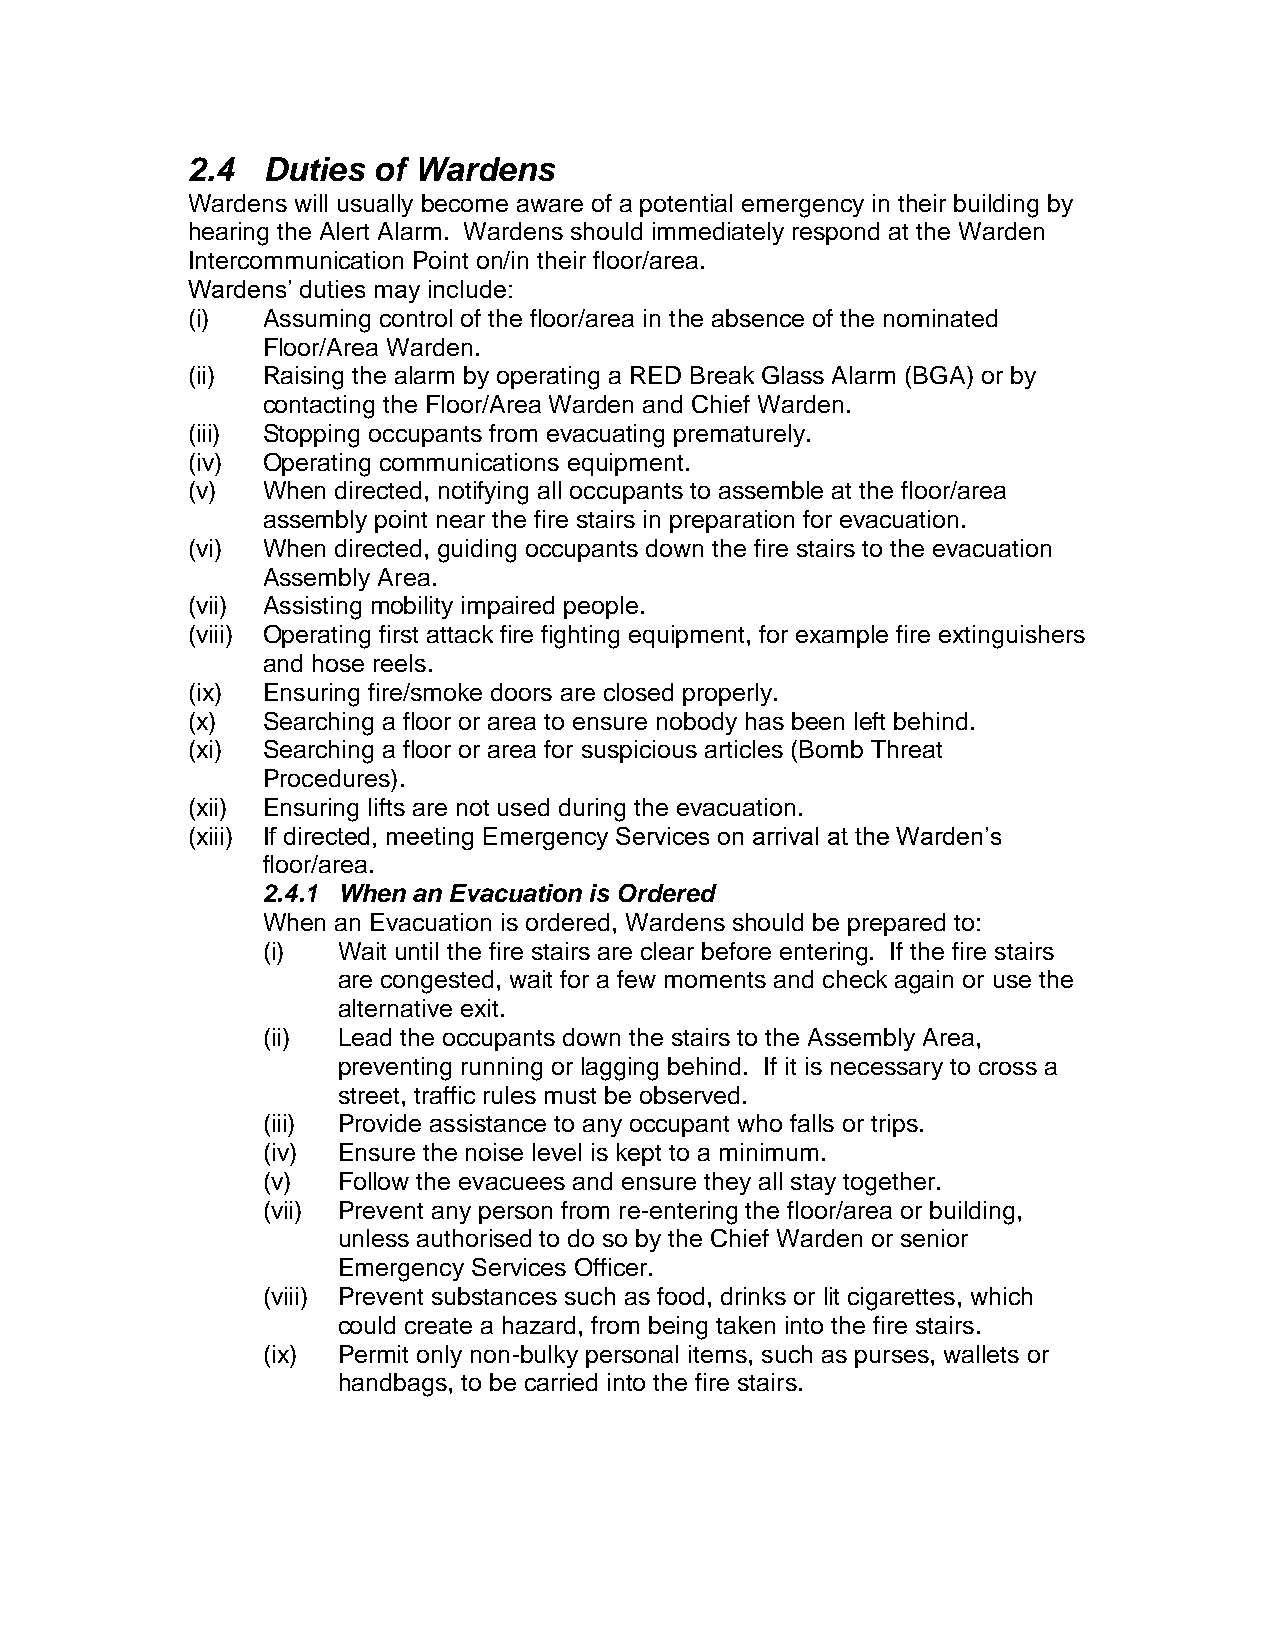
2.4  Duties  of Wardens
 Wardens will usually become aware of a potential emergency in their building by
 hearing the Alert Alarm. Wardens should immediately respond at the Warden
 Intercommunication Point on/in their floor/area.
 Wardens’ duties may include:
 (i)  Assuming control of the floor/area in the absence of the nominated
 Floor/Area Warden.
 (ii) Raising the alarm by operating a RED Break Glass Alarm (BGA) or by
 contacting the Floor/Area Warden and Chief Warden.
 (iii) Stopping occupants from evacuating prematurely.
 (iv) Operating communications equipment.
 (v)  When directed, notifying all occupants to assemble at the floor/area
 assembly point near the fire stairs in preparation for evacuation.
 (vi) When directed, guiding occupants down the fire stairs to the evacuation
 Assembly Area.
 (vii) Assisting mobility impaired people.
 (viii) Operating first attack fire fighting equipment, for example fire extinguishers
 and hose reels.
 (ix) Ensuring fire/smoke doors are closed properly.
 (x)  Searching a floor or area to ensure nobody has been left behind.
 (xi) Searching a floor or area for suspicious articles (Bomb Threat
 Procedures).
 (xii) Ensuring lifts are not used during the evacuation.
 (xiii) If directed, meeting Emergency Services on arrival at the Warden’s
 floor/area.
 2.4.1 When an Evacuation is Ordered
 When an Evacuation is ordered, Wardens should be prepared to:
 (i)  Wait until the fire stairs are clear before entering. If the fire stairs
 are congested, wait for a few moments and check again or use the
 alternative exit.
 (ii) Lead the occupants down the stairs to the Assembly Area,
 preventing running or lagging behind. If it is necessary to cross a
 street, traffic rules must be observed.
 (iii) Provide assistance to any occupant who falls or trips.
 (iv) Ensure the noise level is kept to a minimum.
 (v)  Follow the evacuees and ensure they all stay together.
 (vii) Prevent any person from re-entering the floor/area or building,
 unless authorised to do so by the Chief Warden or senior
 Emergency Services Officer.
 (viii) Prevent substances such as food, drinks or lit cigarettes, which
 could create a hazard, from being taken into the fire stairs.
 (ix) Permit only non-bulky personal items, such as purses, wallets or
 handbags, to be carried into the fire stairs.